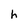
Character: h